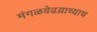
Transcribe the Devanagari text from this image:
मंगळवेढय़ाच्याच